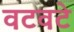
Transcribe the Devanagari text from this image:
वटवटे